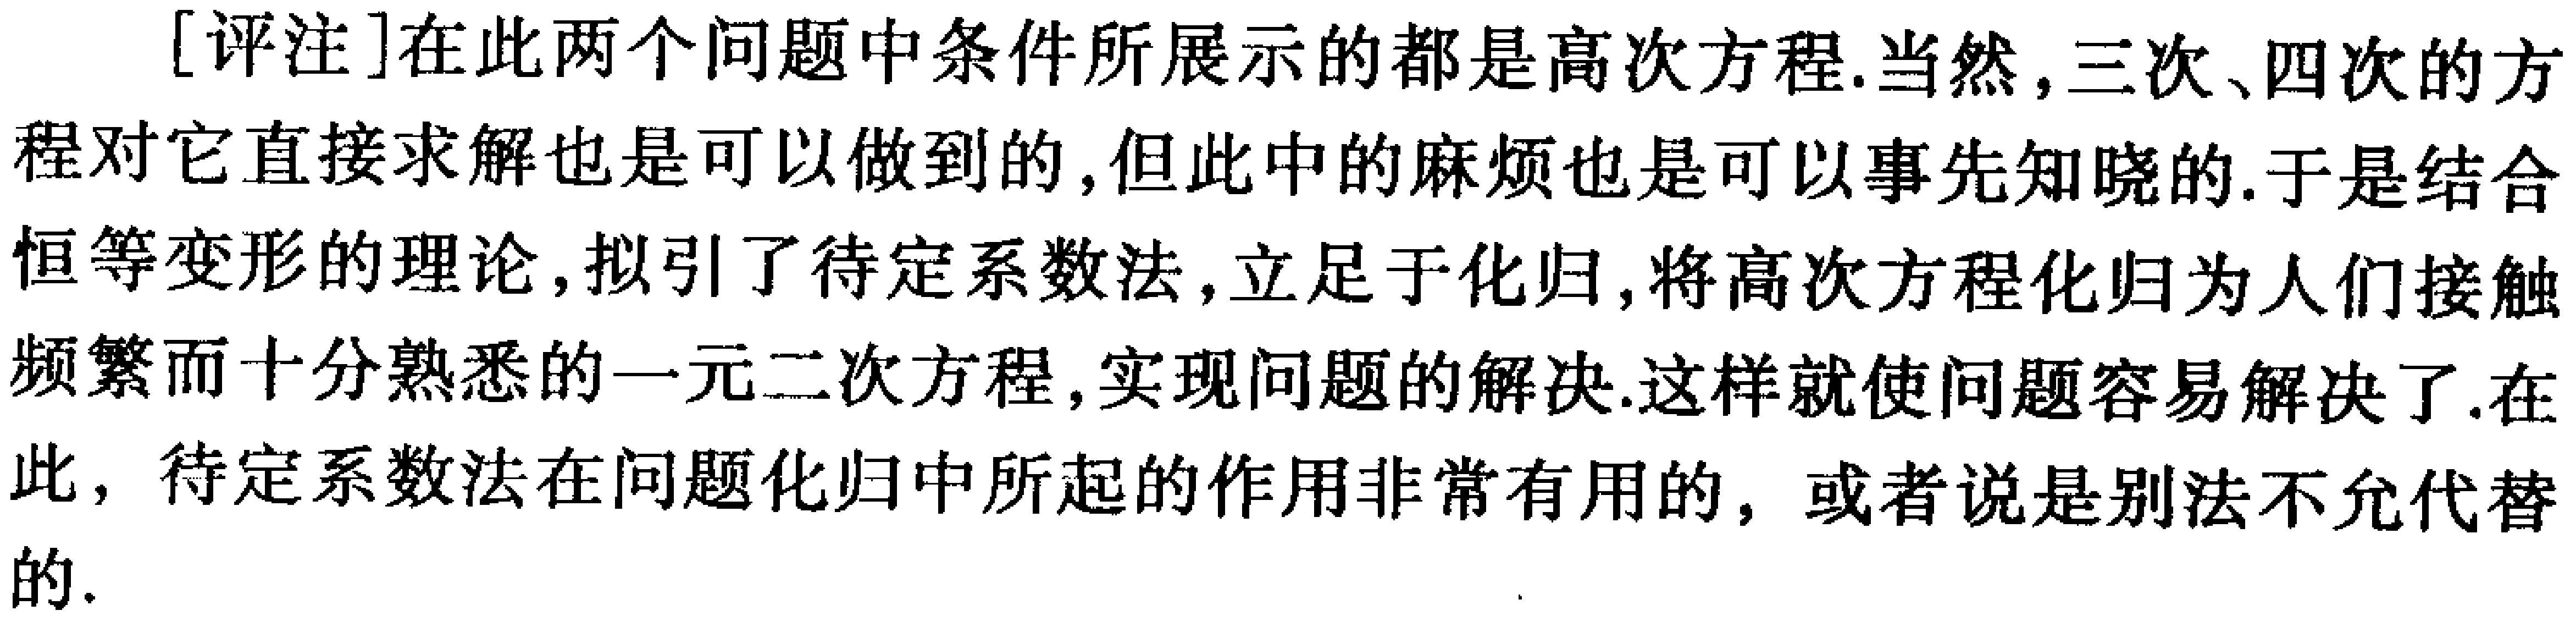
[评注]在此两个问题中条件所展示的都是高次方程.当然，三次、四次的方程对它直接求解也是可以做到的,但此中的麻烦也是可以事先知晓的.于是结合恒等变形的理论,拟引了待定系数法,立足于化归,将高次方程化归为人们接触频繁而十分熟悉的一元二次方程,实现问题的解决.这样就使问题容易解决了.在此，待定系数法在问题化归中所起的作用非常有用的，或者说是别法不允代替的.